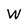
Character: W